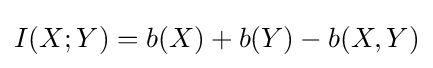
I(X;Y)=b(X)+b(Y)-b(X,Y)